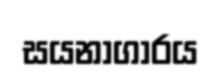
සයනාගාරය